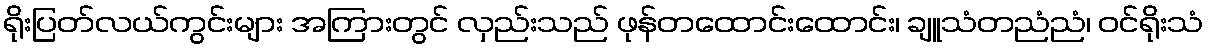
ရိုးပြတ်လယ်ကွင်းများ အကြားတွင် လှည်းသည် ဖုန်တထောင်းထောင်း၊ ချူသံတညံညံ၊ ဝင်ရိုးသံ